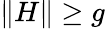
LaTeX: \| H\| \geq g